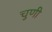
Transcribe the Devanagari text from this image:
चुणी